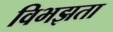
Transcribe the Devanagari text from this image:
विभझता